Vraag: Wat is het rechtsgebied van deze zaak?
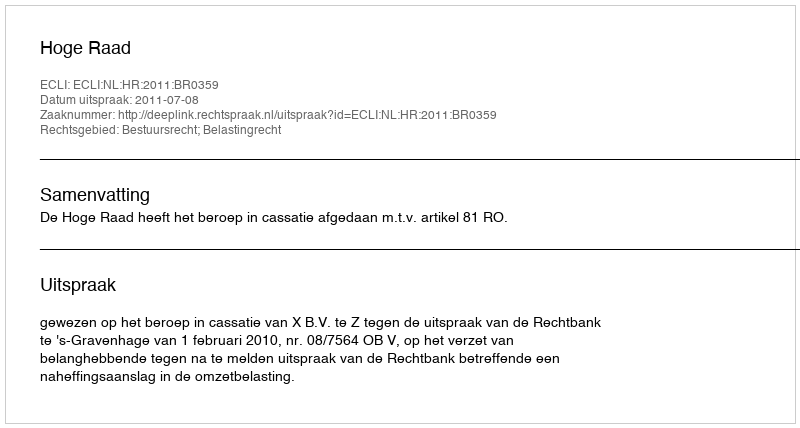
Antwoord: Bestuursrecht; Belastingrecht